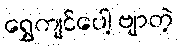
ရွှေကျင်ပေါ့ ဗျာတဲ့